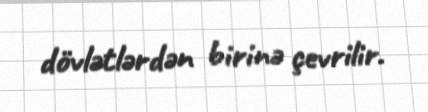
dövlətlərdən birinə çevrilir.